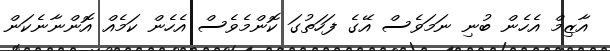
އާޒިމް އެހެން ބުނި ނަމަވެސް އޭގެ ފަހަތުގަ ކޮންމެވެސް އެހެން ކަމެއް އޮންނާނެކަން